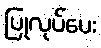
ပြုလုပ်ပေး